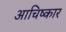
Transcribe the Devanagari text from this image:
आचिष्कार